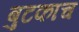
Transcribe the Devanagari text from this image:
बुटकाच